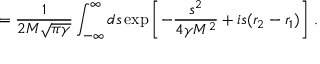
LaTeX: = \frac { 1 } { 2 M \sqrt { \pi \gamma } } \int _ { - \infty } ^ { \infty } d s \exp \left[ - \frac { s ^ { 2 } } { 4 \gamma M ^ { 2 } } + i s ( r _ { 2 } - r _ { 1 } ) \right] \, .